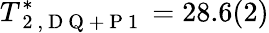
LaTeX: T_{\mathrm{~2~,~D~Q~+~P~1~}}^{*}=28.6(2)